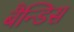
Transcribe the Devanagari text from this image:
बैन्डिस